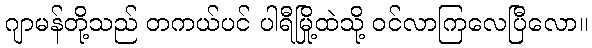
ဂျာမန်တို့သည် တကယ်ပင် ပါရီမြို့ထဲသို့ ဝင်လာကြလေပြီလော။